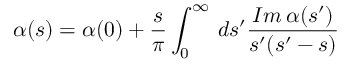
\alpha ( s ) = \alpha ( 0 ) + \frac { s } { \pi } \int _ { 0 } ^ { \infty } \, d s ^ { \prime } \frac { { \cal I } m \, \alpha ( s ^ { \prime } ) } { s ^ { \prime } ( s ^ { \prime } - s ) }